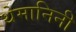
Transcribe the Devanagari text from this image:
थेमानिनी